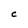
Character: C